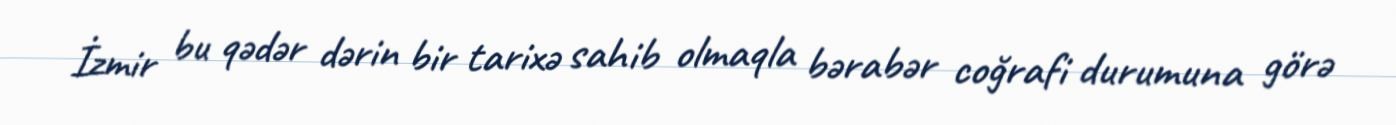
İzmir bu qədər dərin bir tarixə sahib olmaqla bərabər coğrafi durumuna görə